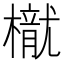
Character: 𣜐